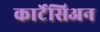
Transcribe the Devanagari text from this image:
कार्टेसिअन